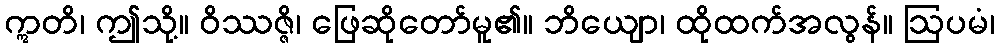
ဣတိ၊ ဤသို့။ ဝိဿဇ္ဇိ၊ ဖြေဆိုတော်မူ၏။ ဘိယျော၊ ထိုထက်အလွန်။ ဩပမံ၊